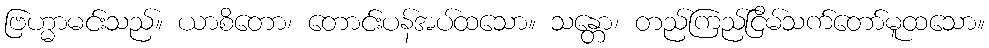
ဗြဟ္မာမင်းသည်။ ယာစိတော၊ တောင်းပန်အပ်ထသော။ သန္တော၊ တည်ကြည်ငြိမ်သက်တော်မူထသော။